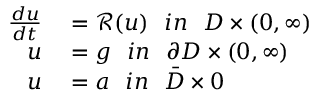
\begin{array} { r l } { \frac { d u } { d t } } & { { } = \mathcal { R } ( u ) ~ ~ i n ~ ~ D \times ( 0 , \infty ) } \\ { u } & { { } = g ~ ~ i n ~ ~ \partial D \times ( 0 , \infty ) } \\ { u } & { { } = a ~ ~ i n ~ ~ \bar { D } \times { 0 } } \end{array}